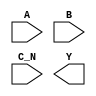
module sky130_fd_sc_lp__nor3b (
    //# {{data|Data Signals}}
    input  A  ,
    input  B  ,
    input  C_N,
    output Y
);

    // Voltage supply signals
    supply1 VPWR;
    supply0 VGND;
    supply1 VPB ;
    supply0 VNB ;

endmodule